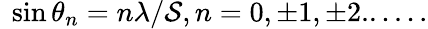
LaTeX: ~\sin\theta_{n}=n\lambda/\mathcal{S},n=0,\pm1,\pm2......